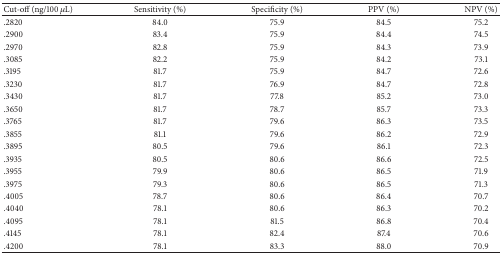
<table><thead><tr><td><b>Cut-off (ng/100 <i>μ</i>L)</b></td><td><b>Sensitivity (%)</b></td><td><b>Specificity (%)</b></td><td><b>PPV (%)</b></td><td><b>NPV (%)</b></td></tr></thead><tbody><tr><td>.2820</td><td>84.0</td><td>75.9 </td><td>84.5</td><td>75.2</td></tr><tr><td>.2900</td><td>83.4</td><td>75.9 </td><td>84.4</td><td>74.5</td></tr><tr><td>.2970</td><td>82.8</td><td>75.9 </td><td>84.3</td><td>73.9</td></tr><tr><td>.3085</td><td>82.2</td><td>75.9 </td><td>84.2</td><td>73.1</td></tr><tr><td>.3195</td><td>81.7</td><td>75.9 </td><td>84.7</td><td>72.6</td></tr><tr><td>.3230</td><td>81.7</td><td>76.9 </td><td>84.7</td><td>72.8</td></tr><tr><td>.3430</td><td>81.7</td><td>77.8 </td><td>85.2</td><td>73.0</td></tr><tr><td>.3650</td><td>81.7</td><td>78.7 </td><td>85.7</td><td>73.3</td></tr><tr><td>.3765</td><td>81.7</td><td>79.6 </td><td>86.3</td><td>73.5</td></tr><tr><td>.3855</td><td>81.1</td><td>79.6 </td><td>86.2</td><td>72.9</td></tr><tr><td>.3895</td><td>80.5</td><td>79.6 </td><td>86.1</td><td>72.3</td></tr><tr><td>.3935</td><td>80.5</td><td>80.6 </td><td>86.6</td><td>72.5</td></tr><tr><td>.3955</td><td>79.9</td><td>80.6 </td><td>86.5</td><td>71.9</td></tr><tr><td>.3975</td><td>79.3</td><td>80.6 </td><td>86.5</td><td>71.3</td></tr><tr><td>.4005</td><td>78.7</td><td>80.6 </td><td>86.4</td><td>70.7</td></tr><tr><td>.4040</td><td>78.1</td><td>80.6 </td><td>86.3</td><td>70.2</td></tr><tr><td>.4095</td><td>78.1</td><td>81.5 </td><td>86.8</td><td>70.4</td></tr><tr><td>.4145</td><td>78.1</td><td>82.4 </td><td>87.4</td><td>70.6</td></tr><tr><td>.4200</td><td>78.1</td><td>83.3 </td><td>88.0</td><td>70.9</td></tr></tbody></table>